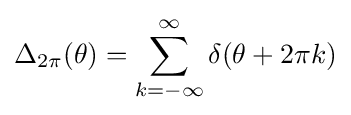
\Delta _{2\pi }(\theta )=\sum _{k=-\infty }^{\infty }{\delta (\theta +2\pi k)}